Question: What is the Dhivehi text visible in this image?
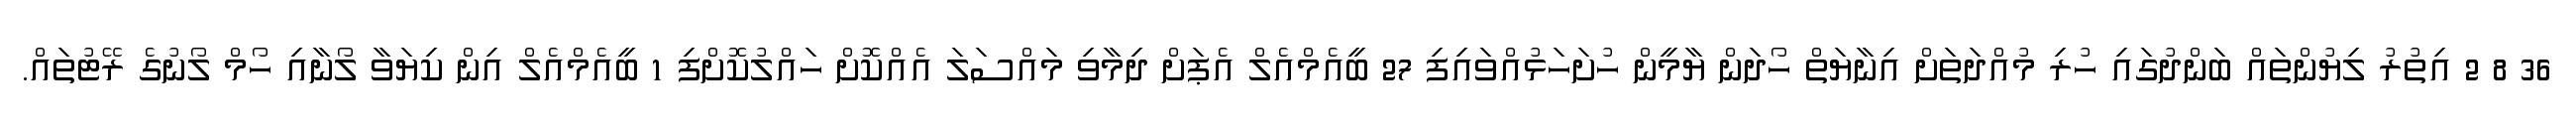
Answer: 36 8 2 އިތުރު ލިޔުންތައް ބަންދުގައި ހުރި މުއްދަތަށް އިނާޔަތް ހޯދަން ޔާމީން ހުށަހަޅުއްވައިފި 27 ބީއެމްއެލް އެޕަށް ދިމާވި މައްސަލަ އެއްކޮށް ހައްލުކޮށްފި 1 ބީއެމްއެލް އިން ކިޔަވާ ލޯނާއި ހޯމް ލޯނުގެ ރޭޓުތައް.